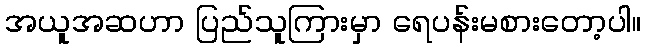
အယူအဆဟာ ပြည်သူကြားမှာ ရေပန်းမစားတော့ပါ။